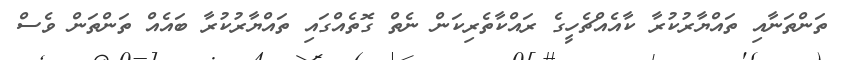
ތަންތަނާއި ތައްޔާރުކުރާ ކާއެއްޗެހީގެ ރައްކާތެރިކަން ނެތް ގޮތެއްގައި ތައްޔާރުކުރާ ބައެއް ތަންތަން ވެސް